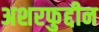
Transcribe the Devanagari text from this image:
अशरफुद्दीन